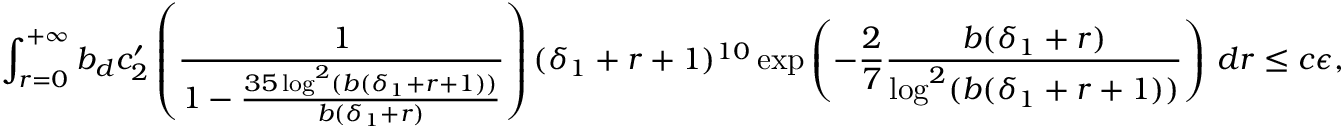
\int _ { r = 0 } ^ { + \infty } b _ { d } c _ { 2 } ^ { \prime } \left( \frac { 1 } { 1 - \frac { 3 5 \log ^ { 2 } ( b ( \delta _ { 1 } + r + 1 ) ) } { b ( \delta _ { 1 } + r ) } } \right) ( \delta _ { 1 } + r + 1 ) ^ { 1 0 } \exp \left( - \frac { 2 } { 7 } \frac { b ( \delta _ { 1 } + r ) } { \log ^ { 2 } ( b ( \delta _ { 1 } + r + 1 ) ) } \right) \, d r \leq c \epsilon ,